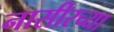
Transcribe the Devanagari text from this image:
नासीरच्या